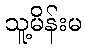
သူ့မိန်းမ